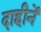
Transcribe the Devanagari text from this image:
दाहीनें